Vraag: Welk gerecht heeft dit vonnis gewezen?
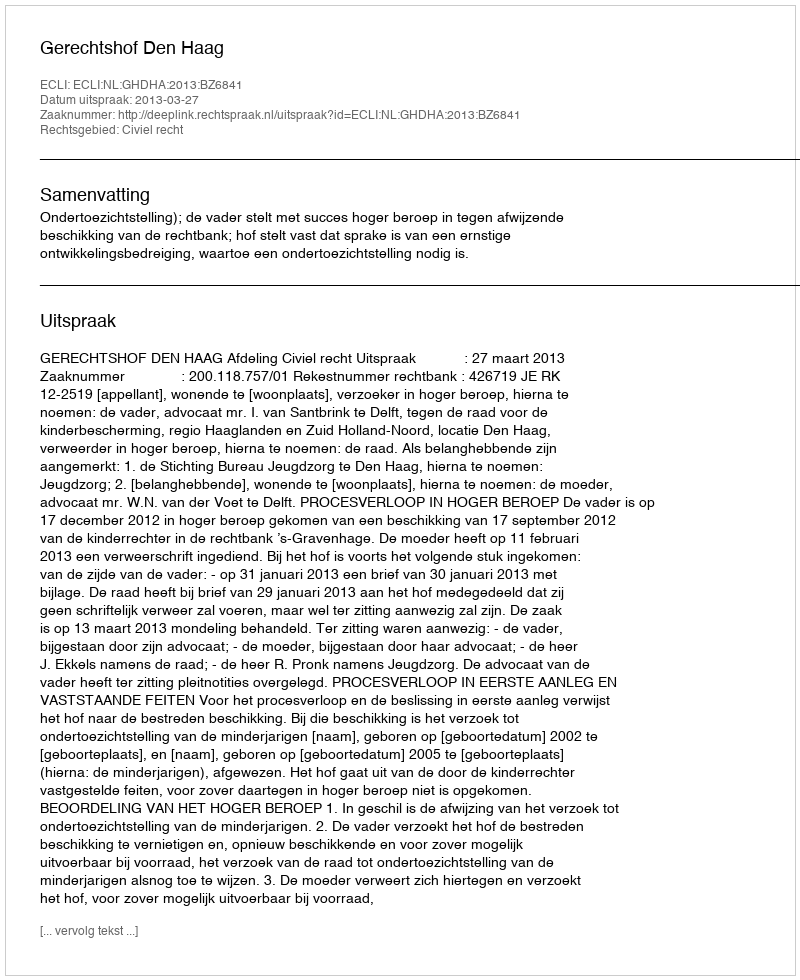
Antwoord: Gerechtshof Den Haag